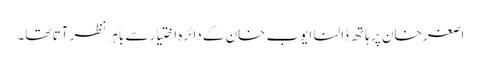
اصغر خان پر ہاتھ ڈالنا ایوب خان کے دائرہ اختیار سے باہر نظر آتا تھا۔